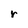
Character: r